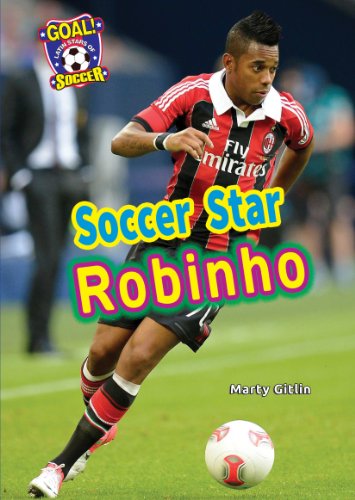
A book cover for Soccer Star Robinho (Goal! Latin Stars of Soccer); Marty Gitlin; Children's Books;